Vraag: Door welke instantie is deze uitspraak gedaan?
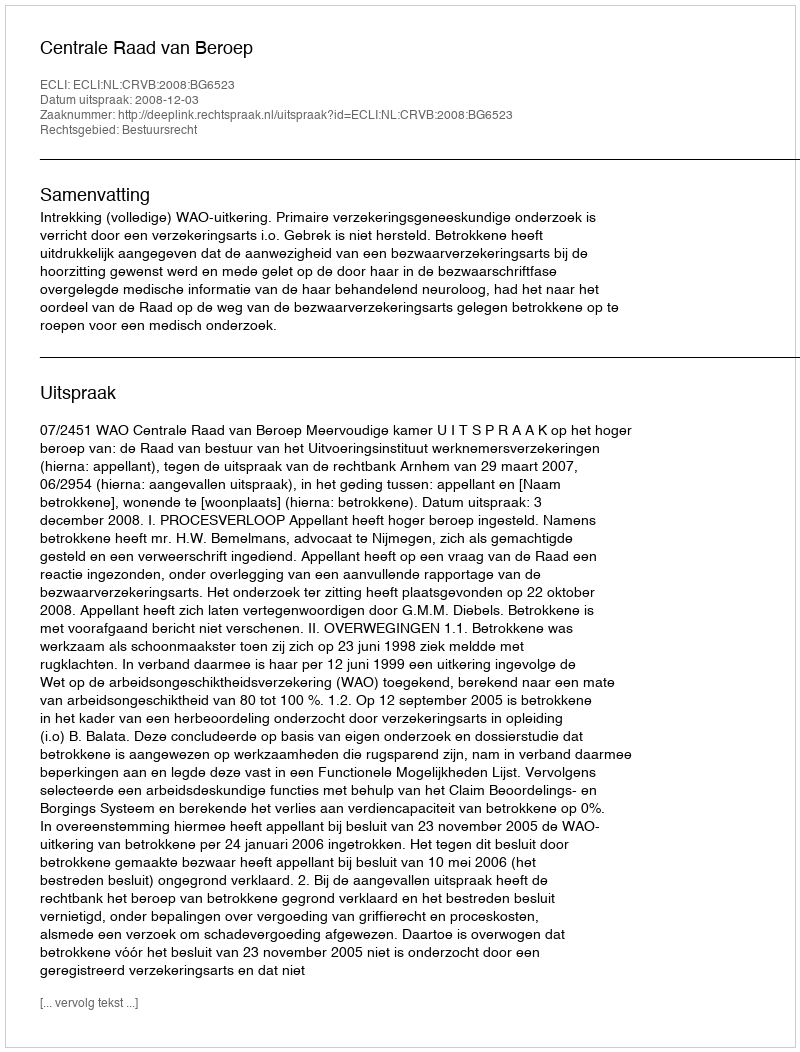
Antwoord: Centrale Raad van Beroep